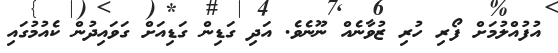
އުފުއްލުމަށް ފޯރި ހުރި ޒުވާނެއް ނޫނެވެ. އަދި ގަޑިން ގަޑިއަށް ގަވައިދުން ކެއުމުގައި